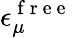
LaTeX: \epsilon_{\mu}^{\mathrm{~f~r~e~e~}}